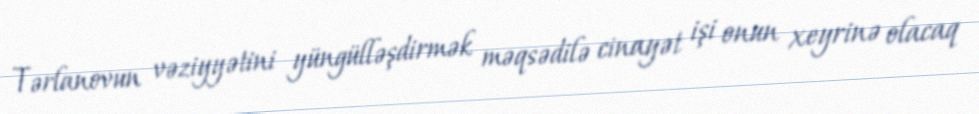
Tərlanovun vəziyyətini yüngülləşdirmək məqsədilə cinayət işi onun xeyrinə olacaq